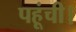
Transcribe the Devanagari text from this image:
पहूंची।